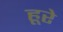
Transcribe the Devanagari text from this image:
हूरे